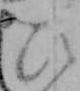
ひ